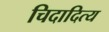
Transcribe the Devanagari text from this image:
चिदादित्य